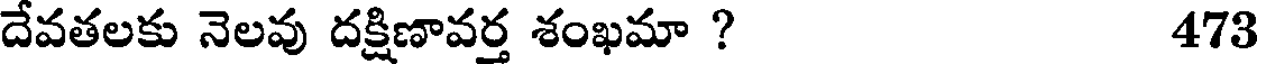
దేవతలకు నెలవు దక్షిణావర్త శంఖమా ? 473